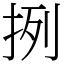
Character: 挒